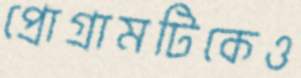
প্রোগ্রামটিকেও